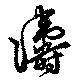
濤